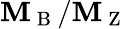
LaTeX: \mathbf{M}_{\mathrm{{~B~}}}/\mathbf{M}_{\mathrm{{~Z~}}}